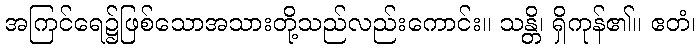
အကြင်ရေ၌ဖြစ်သောအသားတို့သည်လည်းကောင်း။ သန္တိ၊ ရှိကုန်၏။ ဧတံ၊